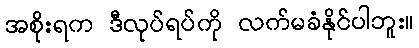
အစိုးရက ဒီလုပ်ရပ်ကို လက်မခံနိုင်ပါဘူး။